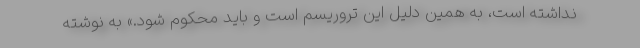
نداشته است، به همین دلیل این تروریسم است و باید محکوم شود.» به نوشته